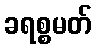
ခရစ္စမတ်